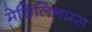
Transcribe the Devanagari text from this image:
मेसिलिनाम्स